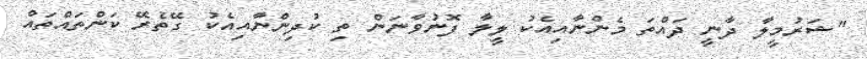
"ޝަރުމީލާ ދާނީ ދައްތަ މެންނާއިއެކު ލީލާ ފޮނުވާނަން ތި ކުދިންނާއިއެކު ގޭތެރޭ ކަންތައްތައް